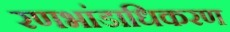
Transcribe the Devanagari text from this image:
रणभांडाधिकरण